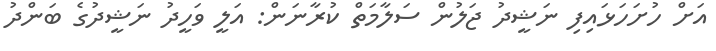
އަށް ހުށަހަޅައިފި ނަޝީދު ޖަލުން ސަލާމަތް ކުރާނަން: އަލީ ވަހީދު ނަޝީދުގެ ބަންދު